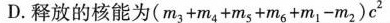
D.释放的核能为( $$( m _ { 3 } + m _ { 4 } + m _ { 5 } + m _ { 6 } + m _ { 1 } - m _ { 2 } ) c ^ { 2 }$$